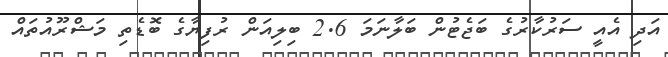
އަދި އެއީ ސަރުކާރުގެ ބަޖެޓުން ބަލާނަމަ 2.6 ބިލިއަން ރުފިޔާގެ ބޮޑެތި މަޝްރޫއުތައް